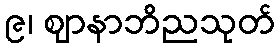
၉၊ ဈာနာဘိညသုတ်